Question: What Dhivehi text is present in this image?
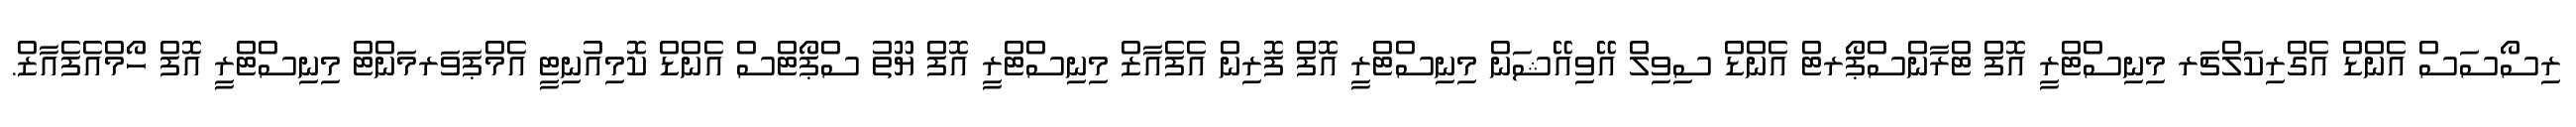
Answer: ރިސޯސަސް އެންޑް އެގްރިކަލްޗަރ މިނިސްޓްރީ އޮފް ޓްރާންސްޕޯރޓް އެންޑް ސިވިލް އޭވިއޭޝަން މިނިސްޓްރީ އޮފް ފޮރިން އެފެއާޒް މިނިސްޓްރީ އޮފް ޔޫތު ސްޕޯޓްސް އެންޑް ކޮމިއުނިޓީ އެމްޕަވަރމަންޓް މިނިސްޓްރީ އޮފް ހޯމްއެފެއާޒް.